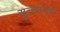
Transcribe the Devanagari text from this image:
सुचवायचा